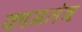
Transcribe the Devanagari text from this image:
कामतंत्र